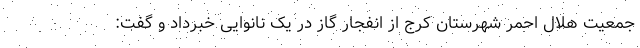
جمعیت هلال احمر شهرستان کرج از انفجار گاز در یک نانوایی خبرداد و گفت: